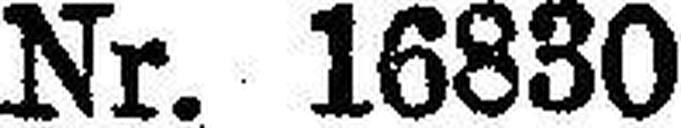
Nr. 16830